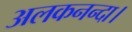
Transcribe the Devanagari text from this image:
अलकनन्दा।